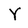
Character: Y